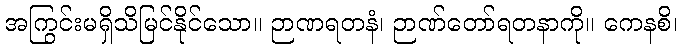
အကြွင်းမရှိသိမြင်နိုင်သော။ ဉာဏရတနံ၊ ဉာဏ်တော်ရတနာကို။ ကေနစိ၊